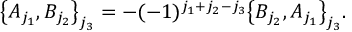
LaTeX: \big \{ A _ { j _ { 1 } } , B _ { j _ { 2 } } \big \} _ { j _ { 3 } } = - ( - 1 ) ^ { j _ { 1 } + j _ { 2 } - j _ { 3 } } \big \{ B _ { j _ { 2 } } , A _ { j _ { 1 } } \big \} _ { j _ { 3 } } .